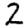
Digit: 2